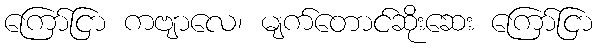
ကြော်ငြာ ကဗျာလေ၊ မျက်တောင်ဆိုးဆေး ကြော်ငြာ